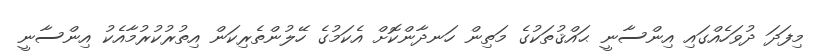
މިފަދަ ދުވަހެއްގައި އިންސާނީ ޙައްޤުތަކުގެ މަތިން ހަނދާންކޮށް އެކަމުގެ ހޭލުންތެރިކަން އިތުރުކުރުމާއެކު އިންސާނީ